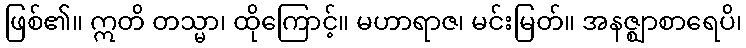
ဖြစ်၏။ ဣတိ တသ္မာ၊ ထိုကြောင့်။ မဟာရာဇ၊ မင်းမြတ်။ အနဇ္ဈာစာရေပိ၊